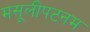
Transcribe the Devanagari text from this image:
मसूलीपटनम